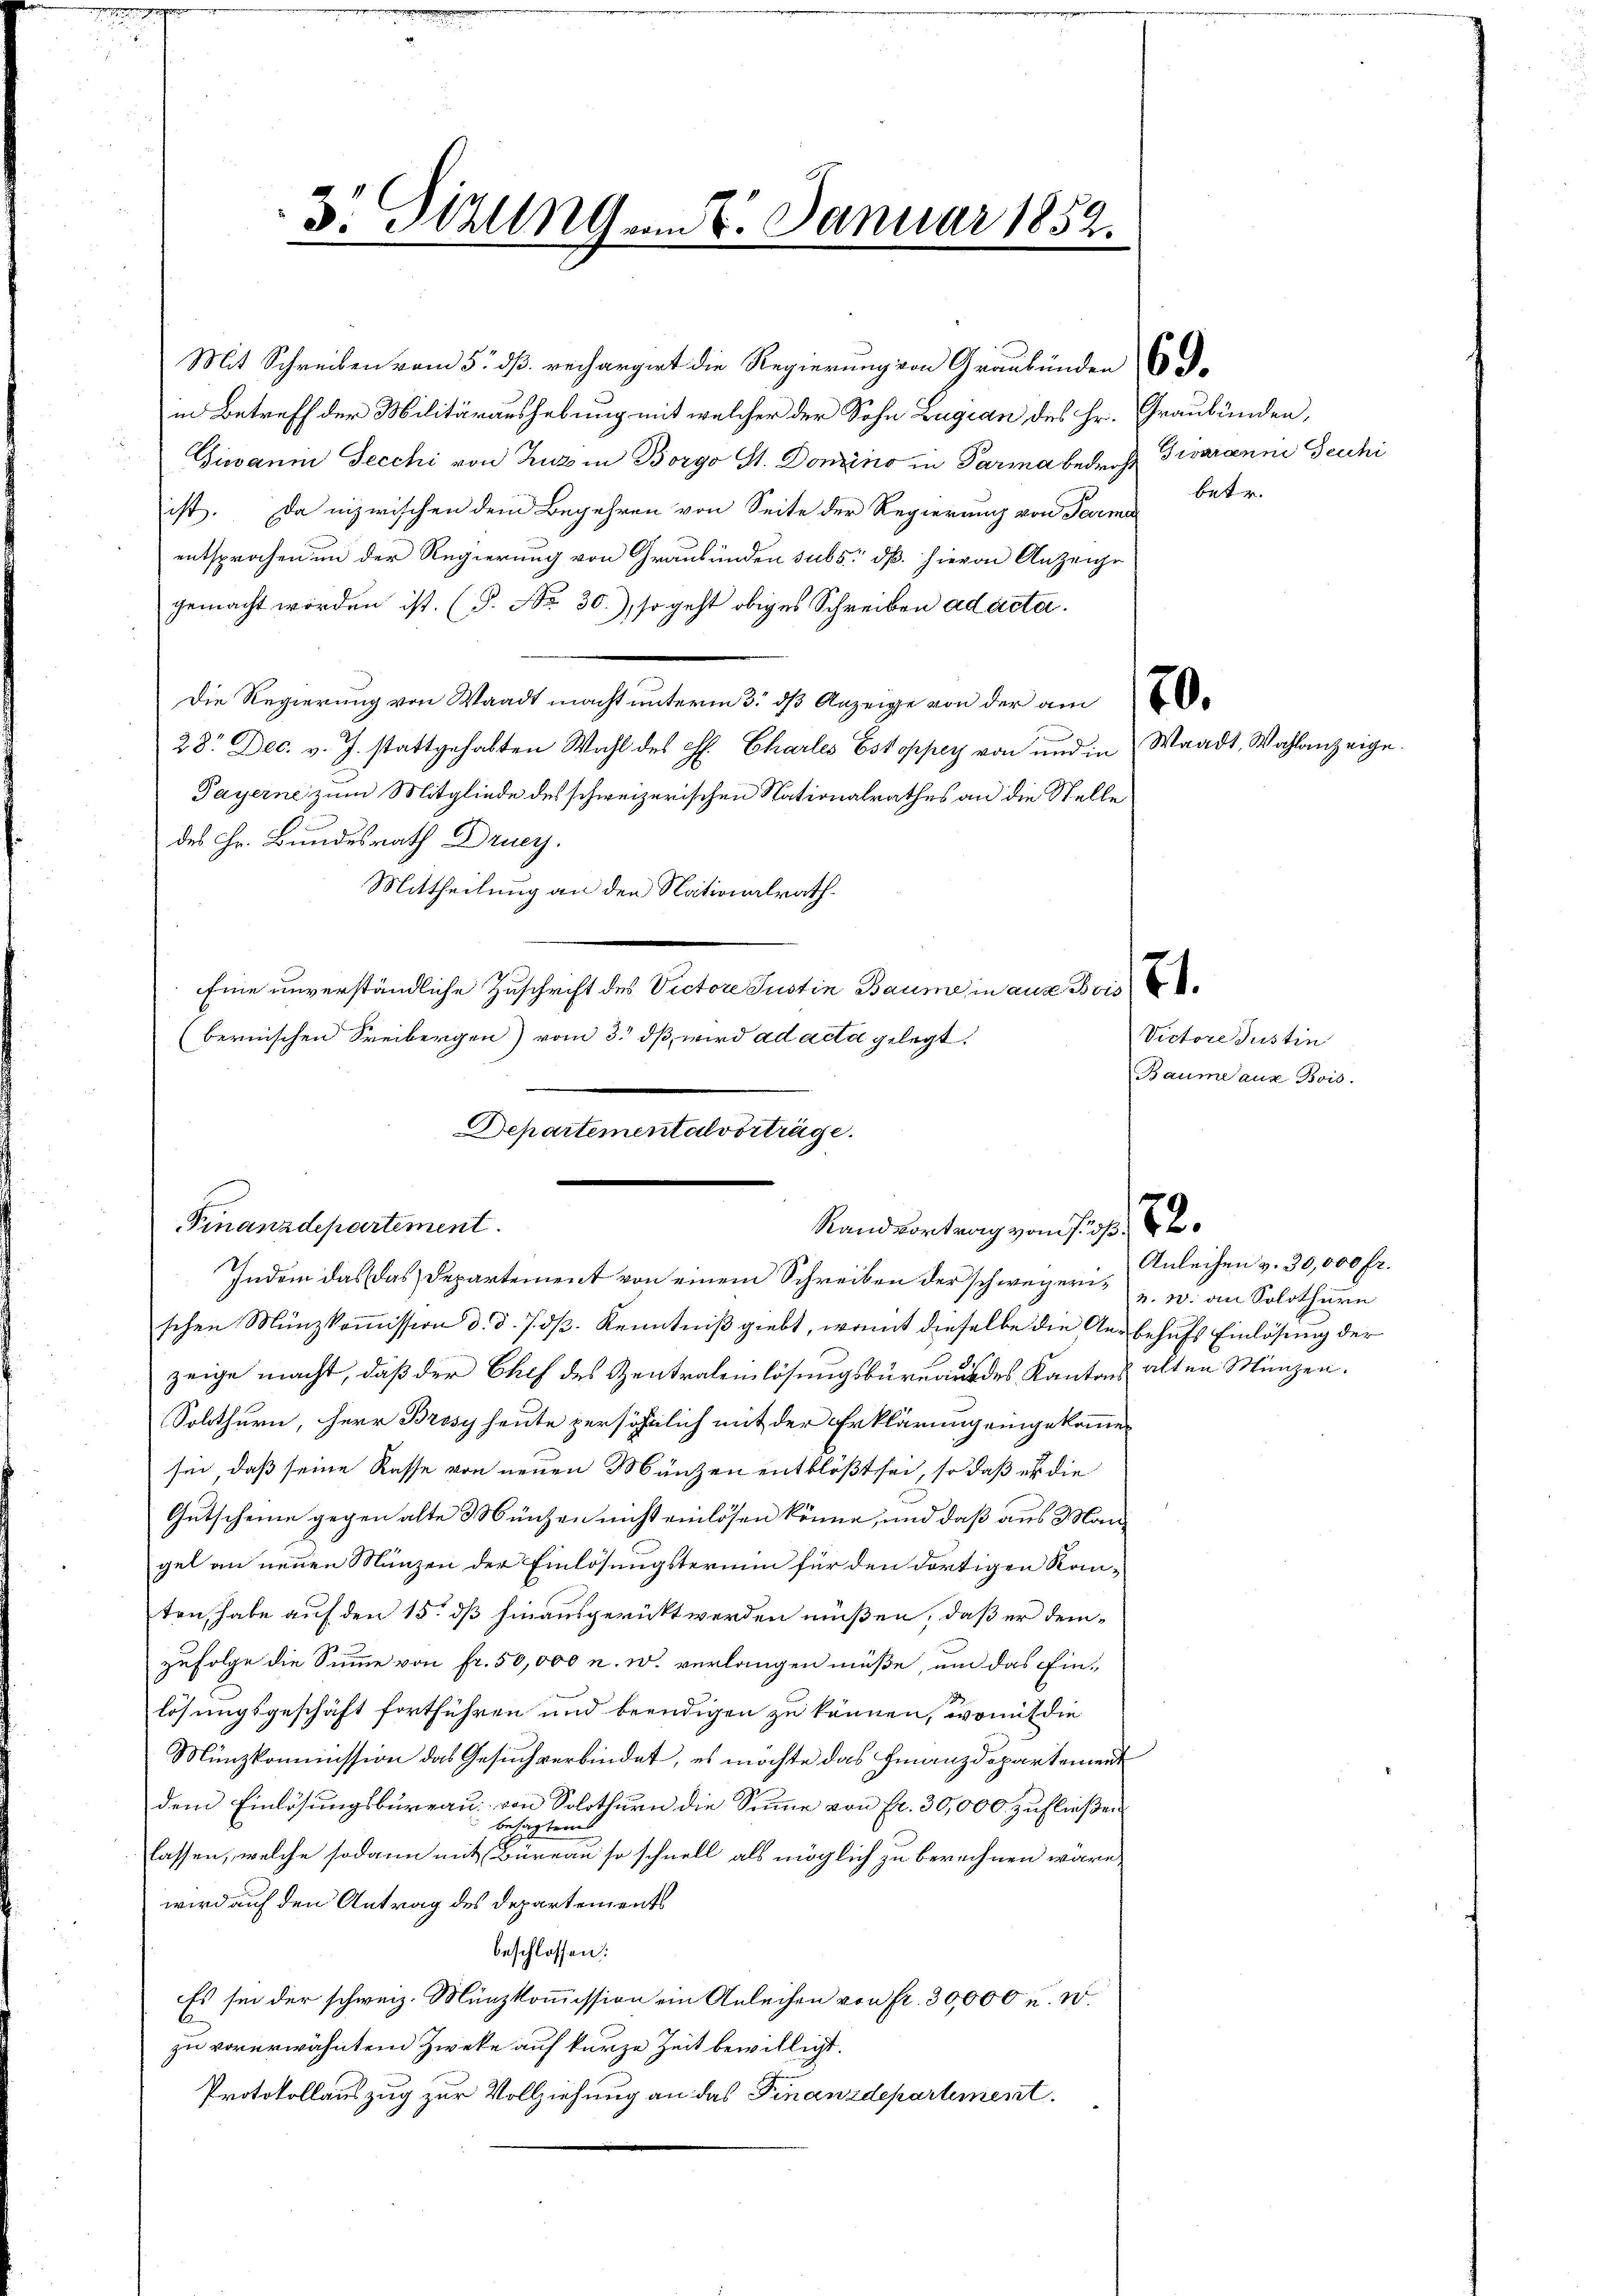
d. Huung am 8. Januar 1852.

Mit Schreiben vom 5. dß. rechargirt die Regierung von Graubünden
in Betreff der Militäraushebung mit welcher der Sohn Zugian des Hr. Graubünden,
Gieanin Secchi von Zuz in Borgo St. Domino in Parma bedroht Garanni Feuchi
ist. Da inzwischen dem Begehren von Seite der Regierung von Terma
entsprochen in der Regierung von Graubünden subs, dß hievon Anzeige
gemacht worden ist. (T. No 30.), so geht obiges Schreiben ad acta.
Die Regierung von Waadt macht unterm 3. dβ Anzeige von der am
28. Dec. v. J. stattgehabten Wahl des C. Charles Estoppey von und in Waadt, Wahlanzeige.
Payerne zum Mitgliede des schweizerischen Nationalrathes an die Stelle
des Hr. Bundesrath Drucy.
Mittheilung an den Nationalrath.
Eine unverständliche Zuschrift des Victore Justin Baume in aus Bris
(bernischen Freibergen) vom 3. dß wird ad acta gelegt.

Finanzdepartement.
Randvortrag vom J.

Departementalvorträge.

schen Münzkoṁission d. d. 7. dβ. Kenntniß giebt, womit dieselbe die Aus behufs Einlösung der
zeige macht, daß der Chef des Zentralenlösungsbureaus des Kantons alten Münzen.
Solothurn, Herr Brosy heute persöhnlich mit der Erklärung eingekommen
sen, daß seine Rasse von neuen Münzen entblößt sei, so daß es die
Gutscheine gegen alte 3 Münzen nicht einlösen könne, und daß aus Mangel an neuen Münzen der Einlösungsterium für den dortigen Kanten, habe auf den 15. dß hinausgerückt werden müßen, daß er demzufolge die Summe von fr. 50,000 u. w. verlangen müße, um das Einlösungsgeschäft fortführen und beendigen zu können, womit die
Münzkommission das Gesuch verbindet, es möchte das Finanzdepartement
dem Einlösungsbureau von Solothurn die Sinne von Fr. 30,000 zufließen
besagter
lassen, welche sodann mit Büreau so schnell als möglich zu berechnen wäre,
wird auf den Antrag des Departements
beschlossen:
Es sei der schweiz. Münzkommission ein Anleihen von fr. 30,000 u. W.
b
zu vorerwähntem Zweke auf kurze Zeit bewilligt.
Protokollauszug zur Vollziehung an das Finanzdepartement

Indem das das Departement von einem Schreiben der schweizern, u. an Solothurn

betr.

Victore Justin
Baume aux Bois

Anleihen v. 30,000 Fr.